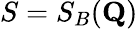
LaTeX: S=S_{B}(\mathbf{Q})